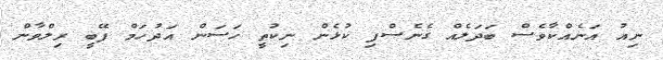
ނިއު އަނެއްކާވެސް ބަދަލެއް ގެނެސްފި ކުޅެން ނިކުތީ ހަސަން އަދުހަމް ފޭބީ ރިލްވާން